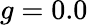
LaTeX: g=0.0